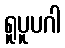
ရူပူပဂါ